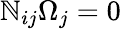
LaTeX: \mathbb{N}_{ij}\Omega_{j}=0